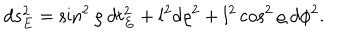
d s _ { E } ^ { 2 } = \sin ^ { 2 } \varrho \: d t _ { E } ^ { 2 } + l ^ { 2 } d \varrho ^ { 2 } + l ^ { 2 } \cos ^ { 2 } \varrho \: d \phi ^ { 2 } .